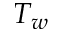
T _ { w }